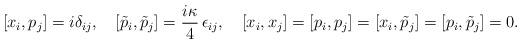
LaTeX: \begin{align*}[x_{i},p_{j}]=i\delta_{ij},\quad[\tilde{p}_{i},\tilde{p}_{j}]=\frac{i\kappa}{4}\,\epsilon_{ij},\quad[x_{i},x_{j}]=[p_{i},p_{j}]=[x_{i},\tilde{p}_{j}]=[p_{i},\tilde{p}_{j}]=0.\end{align*}